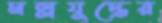
মল্লযুদ্ধের